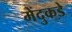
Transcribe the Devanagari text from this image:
मेंदुकडे